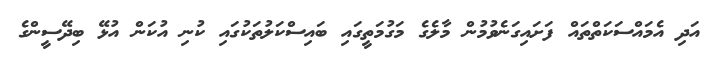
އަދި އެމައްސަކަތްތައް ފަށައިގަނެވުމުން މާލެގެ މަގުމަތީގައި ބައިސްކަލުތަކުގައި ކުނި އުކަން އުޅޭ ބިދޭސީންގެ